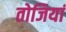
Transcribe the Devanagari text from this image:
तोजियां